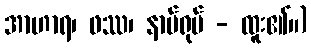
အာဟာရ၊ ဖဿ၊ နာမ်ရုပ် - ထူး၏။)